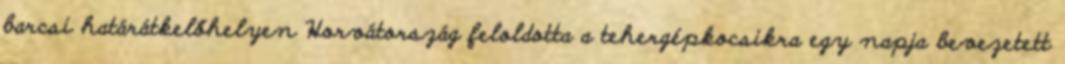
barcsi határátkelőhelyen Horvátország feloldotta a tehergépkocsikra egy napja bevezetett